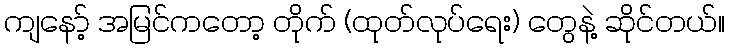
ကျနော့် အမြင်ကတော့ တိုက် (ထုတ်လုပ်ရေး) တွေနဲ့ ဆိုင်တယ်။